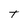
Character: T